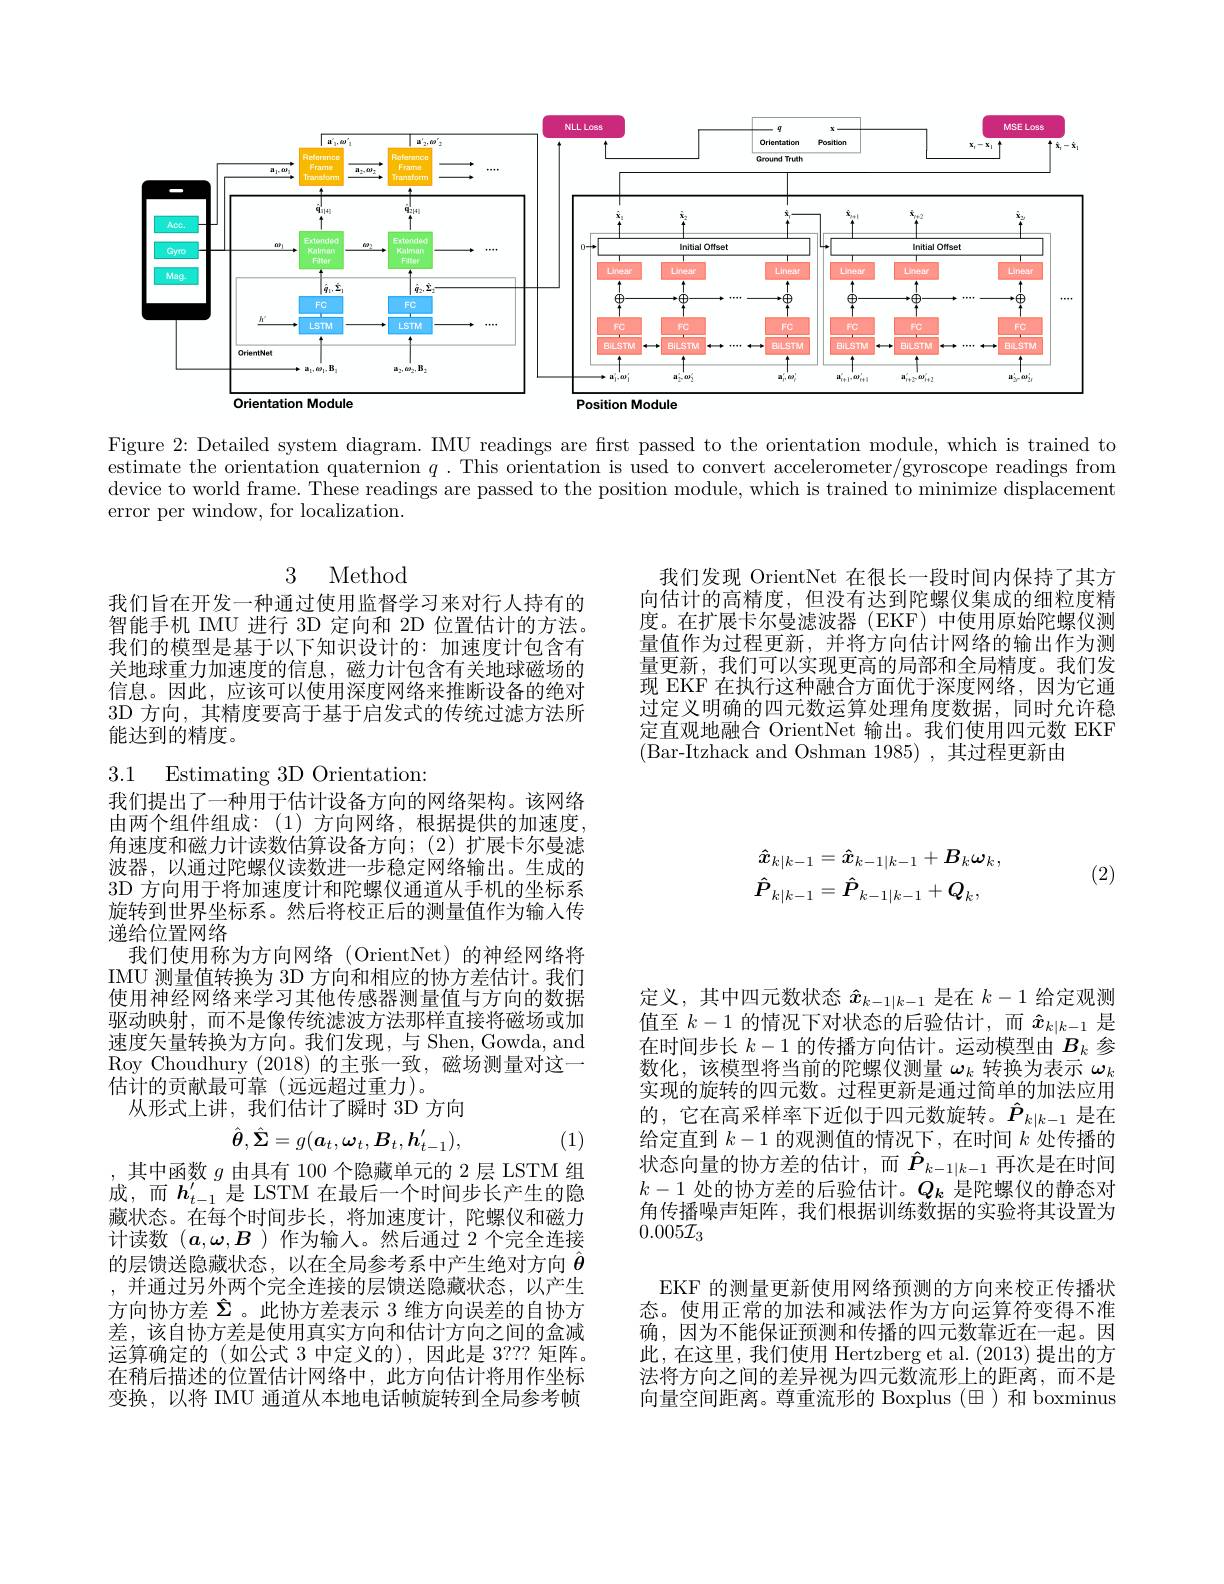
<FigureHere>

Figure 2: Detailed system diagram. IMU readings are first passed to the orientation module, which is trained to estimate the orientation quaternion $q.$ This orientation is used to convert accelerometer/gyroscope readings from device to world frame. These readings are passed to the position module, which is trained to minimize displacement error per window, for localization.

## 3 Method

我们发现 OrientNet 在很长一段时间内保持了其方向估计的高精度，但没有达到陀螺仪集成的细粒度精度。在扩展卡尔曼滤波器(EKF)中使用原始陀螺仪测量值作为过程更新，并将方向估计网络的输出作为测量更新，我们可以实现更高的局部和全局精度。我们发现 EKF 在执行这种融合方面优于深度网络，因为它通过定义明确的四元数运算处理角度数据，同时允许稳定直观地融合 OrientNet 输出。我们使用四元数 EKF $$($Bar-Itzhack and Oshman 1985),其过程更新由$

我们旨在开发一种通过使用监督学习来对行人持有的智能手机 IMU 进行 3D 定向和 2D 位置估计的方法。我们的模型是基于以下知识设计的：加速度计包含有关地球重力加速度的信息，磁力计包含有关地球磁场的信息。因此，应该可以使用深度网络来推断设备的绝对3D 方向，其精度要高于基于启发式的传统过滤方法所能达到的精度。

3.1 Estimating 3D Orientation
我们提出了一种用于估计设备方向的网络架构。该网络

(2)
$$\hat{\boldsymbol{x}}_{k|k-1}=\hat{\boldsymbol{x}}_{k-1|k-1}+\boldsymbol{B}_{k}\boldsymbol{\omega}_{k},\\\hat{\boldsymbol{P}}_{k|k-1}=\hat{\boldsymbol{P}}_{k-1|k-1}+\boldsymbol{Q}_{k},$$
由两个组件组成：(1)方向网络，根据提供的加速度， 角速度和磁力计读数估算设备方向；(2)扩展卡尔曼滤波器，以通过陀螺仪读数进一步稳定网络输出。生成的3D 方向用于将加速度计和陀螺仪通道从手机的坐标系旋转到世界坐标系。然后将校正后的测量值作为输入传递给位置网络
我们使用称为方向网络(OrientNet)的神经网络将IMU 测量值转换为 3D 方向和相应的协方差估计。我们使用神经网络来学习其他传感器测量值与方向的数据驱动映射，而不是像传统滤波方法那样直接将磁场或加速度矢量转换为方向。我们发现，与 Shen, Gowda, and Roy Choudhury (2018)的主张一致，磁场测量对这一估计的贡献最可靠(远远超过重力)。
从形式上讲，我们估计了瞬时 3D 方向

定义，其中四元数状态$\hat{x}_{k-1|k-1}$是在$k-1$给定观测值至$k-1$的情况下对状态的后验估计，而$\hat{x}_{k|k-1}$是在时间步长$k-1$的传播方向估计。运动模型由$B_k$参数化，该模型将当前的陀螺仪测量$\omega_k$转换为表示$\omega_k$ 实现的旋转的四元数。过程更新是通过简单的加法应用的，它在高采样率下近似于四元数旋转。$\hat{P}_{k|k-1}$是在给定直到$k-1$的观测值的情况下，在时间$k$处传播的状态向量的协方差的估计，而$\hat{P}_{k-1|k-1}$再次是在时间$k-1$处的协方差的后验估计。$Q_k$是陀螺仪的静态对角传播噪声矩阵，我们根据训练数据的实验将其设置为$0.005\mathcal{I}_{3}$
$$\hat{\boldsymbol{\theta}},\hat{\boldsymbol{\Sigma}}=g(\boldsymbol{a}_t,\boldsymbol{\omega}_t,\boldsymbol{B}_t,\boldsymbol{h}_{t-1}^{\prime}),$$
(1)

,其中函数 $g$ 由具有 100 个隐藏单元的 2 层 LSTM 组成，而$h_t-1^{\prime}$是 LSTM 在最后一个时间步长产生的隐藏状态。在每个时间步长，将加速度计，陀螺仪和磁力计读数$(\boldsymbol{a},\boldsymbol{\omega},\boldsymbol{B}$ )作为输入。然后通过 2 个完全连接的层馈送隐藏状态，以在全局参考系中产生绝对方向$\hat{\theta}$ ,并通过另外两个完全连接的层馈送隐藏状态，以产生方向协方差$\hat{\Sigma}$ 。此协方差表示 3 维方向误差的自协方差，该自协方差是使用真实方向和估计方向之间的盒减运算确定的(如公式 3 中定义的),因此是 3??? 矩阵。在稍后描述的位置估计网络中，此方向估计将用作坐标变换，以将 IMU 通道从本地电话帧旋转到全局参考帧

EKF 的测量更新使用网络预测的方向来校正传播状态。使用正常的加法和减法作为方向运算符变得不准确，因为不能保证预测和传播的四元数靠近在一起。因此，在这里，我们使用 Hertzberg et al. (2013) 提出的方法将方向之间的差异视为四元数流形上的距离，而不是向量空间距离。尊重流形的 Boxplus (田 )和 boxminus